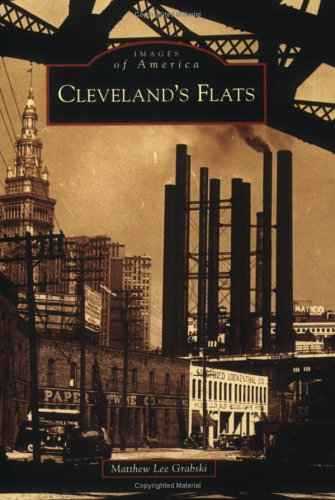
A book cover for Cleveland's Flats  (OH) (Images of America); Matthew Lee Grabski; Travel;